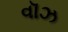
વૉઝ